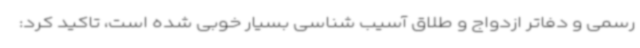
رسمی و دفاتر ازدواج و طلاق آسیب شناسی بسیار خوبی شده است، تاکید کرد: